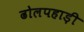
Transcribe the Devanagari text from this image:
ढोलपहाड़ी